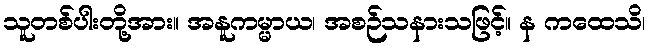
သူတစ်ပါးတို့အား။ အနူကမ္မာယ၊ အစဉ်သနားသဖြင့်။ န ကထေသိ၊